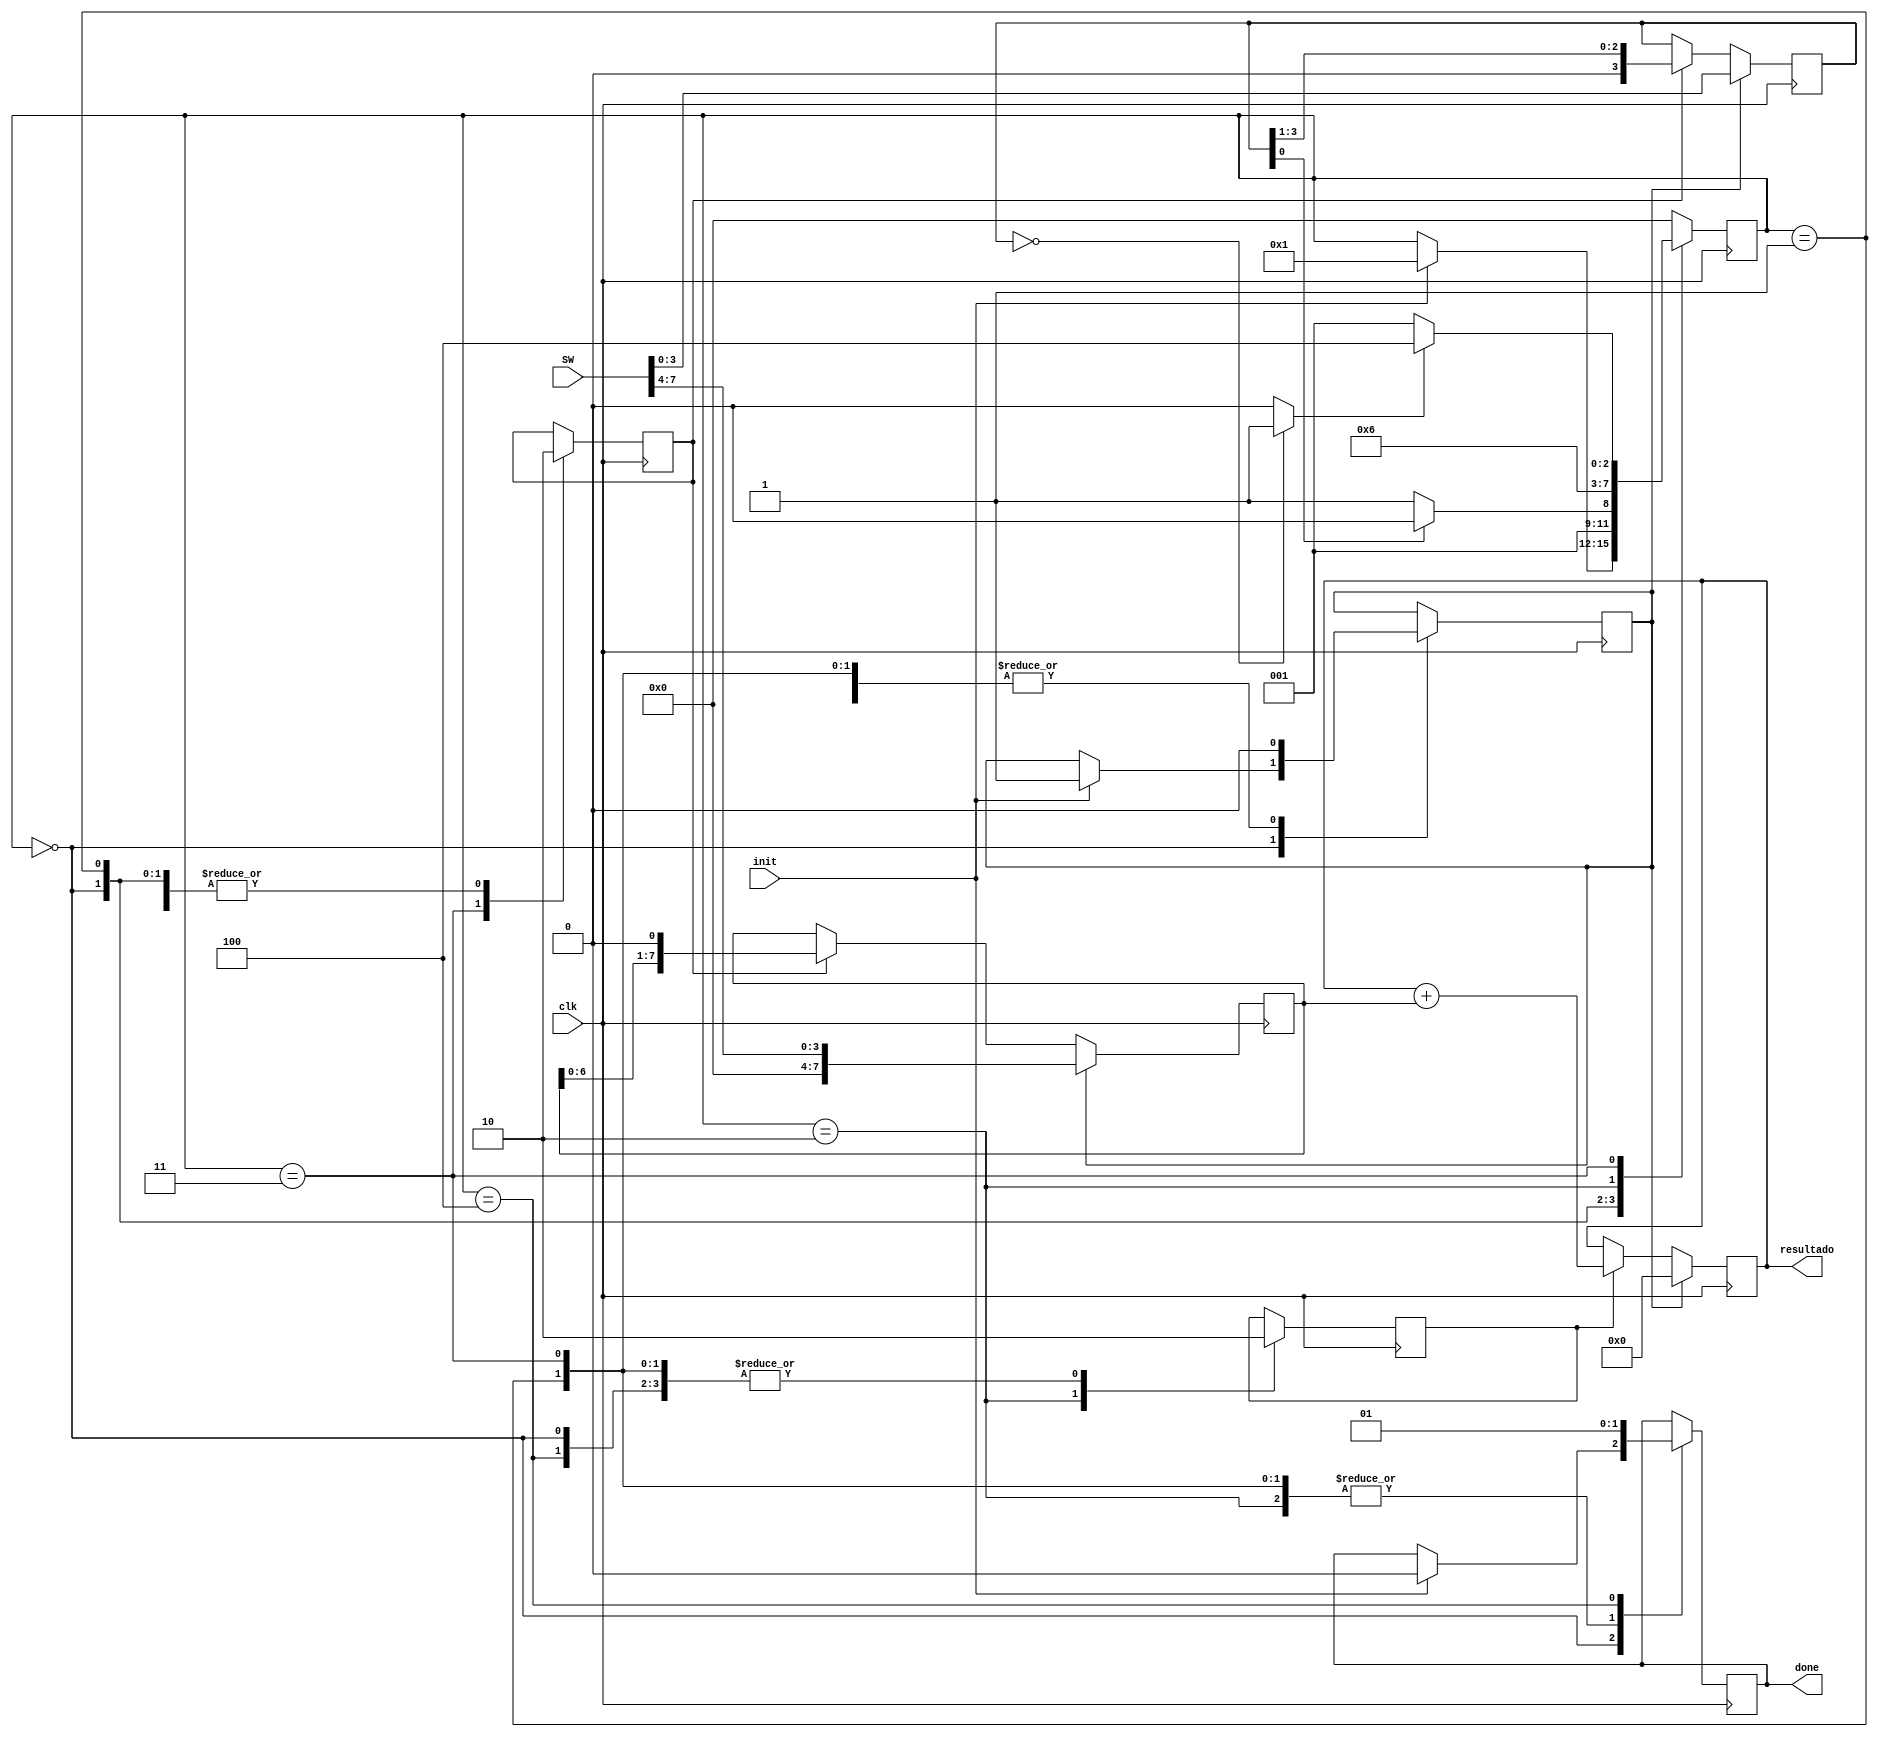
module multiplicador(SW, clk, init, resultado, done);
input [7:0] SW;
input clk;
input init;
output reg [7:0] resultado;
output reg done = 0;
reg [3:0] status = 0;
reg rst = 0;
reg sh = 0;
reg add = 0;
wire z;
reg [7:0] A;
reg [3:0] B;
//reg contador = 0;
parameter START = 'b00, CHECK = 'b01, ADD = 'b10, SHIFT = 'b11, END = 'b100;
assign z = (B == 4'b0000) ? 1 : 0;
//FINITE STATE MACHINE (FSM)

// Suma de A con el resultado
always @(posedge clk) begin
	if(rst == 1)
		resultado = 0;
	else if(add == 1)
		resultado = resultado + A;
end
// Mdulo de corrimiento

always @(posedge clk) begin
	if(rst) begin
		A = {4'b0000, SW[7:4]};
		B = SW[3:0];
	end else if (sh) begin
		A = A << 1;
		B = B >> 1;
	end
end
/*
always @(posedge clk) begin
	if(done == 1 && contador == 0) begin
		resultado = resultado >> 1;
		contador = contador + 1;
	end else contador = 0;
end
*/
always @(posedge clk) begin
	case(status)
		START: begin
			sh = 0;
			add = 0;
			if(init) begin
				done = 0;
				rst = 1;
				status = CHECK;
			end
		end
		CHECK: begin
			sh = 0;
			add = 0;
			done = 0;
			rst = 0;
			if(B[0] == 1)
				status = ADD;
			else
				status = SHIFT;
			end
		ADD: begin
			sh = 0;
			add = 1;
			done = 0;
			rst = 0;
			status = SHIFT;
		end
		SHIFT: begin
			sh = 1;
			add = 0;
			done = 0;
			rst = 0;
			if(z == 1)
				status = END;
			else
				status = CHECK;
			end
		END: begin
			sh = 0;
			add = 0;
			done = 1;
			rst = 0;
			status = START;
			end
		default: status = START;
	endcase
end

endmodule